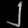
Digit: ၂